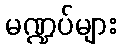
မဏ္ဍပ်များ